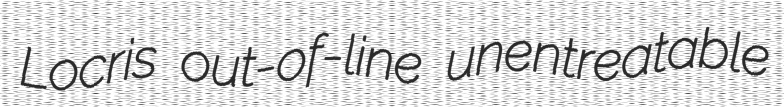
Locris out-of-line unentreatable